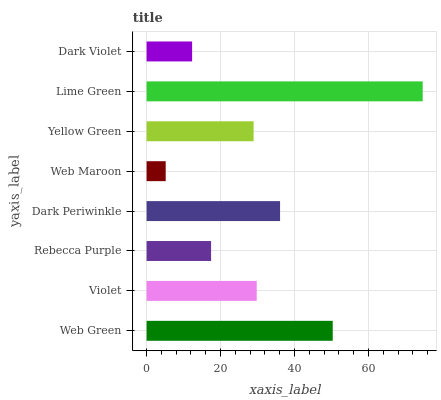
| yaxis_label | bars |
 | --- | --- |
 | Web Green | 50.3 |
 | Violet | 29.8 |
 | Rebecca Purple | 17.4 |
 | Dark Periwinkle | 36.1 |
 | Web Maroon | 5.17 |
 | Yellow Green | 28.9 |
 | Lime Green | 74.7 |
 | Dark Violet | 12.3 |